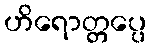
ဟိရောတ္တပ္ပေ